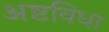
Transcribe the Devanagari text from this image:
अष्टविधा